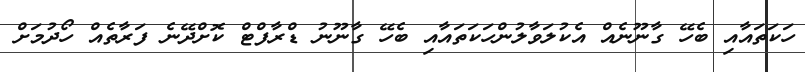
ހަކަތައާއި ބެހޭ ގާނޫނެއް އެކުލަވާލުންހަކަތައާއި ބެހޭ ގާނޫނު ޑްރާފްޓް ކޮށްދޭނެ ފަރާތެއް ހޯދުމަށް